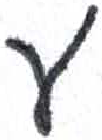
אות: ע